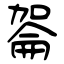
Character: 嗧